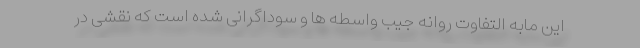
این مابه التفاوت روانه جیب واسطه ها و سوداگرانی شده است که نقشی در